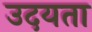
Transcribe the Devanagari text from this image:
उदयता